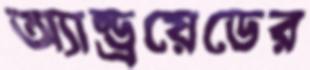
অ্যান্ড্রয়েডের